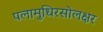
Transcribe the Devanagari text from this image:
पलामुधिरसोलक्षर